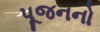
પૂજનનો